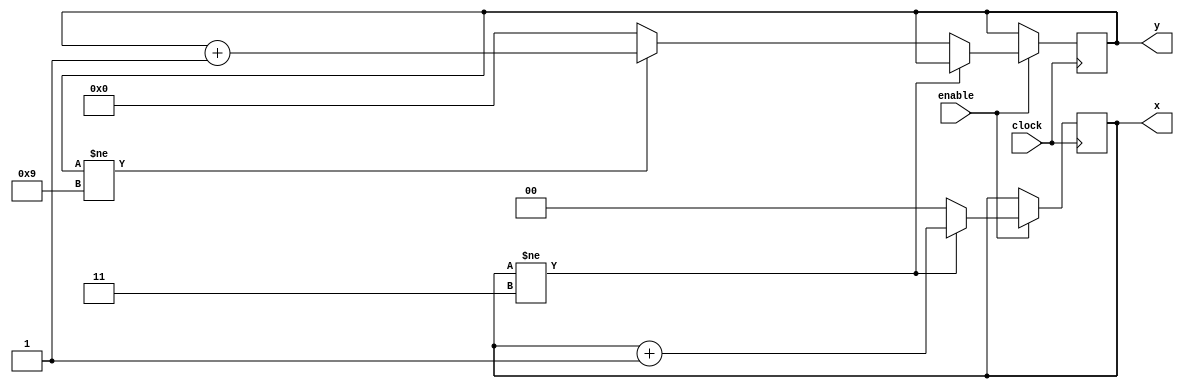
////////////////////////////////////////////////////////////////////////////////
// Joao Bittencourt
// Nov 6, 2018
////////////////////////////////////////////////////////////////////////////////
module XYCounter #(
	parameter width=4, height=10
	)(
	input clock,   
	input enable,  
	output reg [$clog2(width)-1:0] x = 0,
	output reg [$clog2(height)-1:0] y = 0
	);

always @(posedge clock) begin
	
	   if(enable)
	   begin
			if(x != width-1)
			x <= x + 1'b1;
			else
			if (y != height-1) begin
				y <= y + 1'b1;
				x <= {width{1'b0}};
			end
			else begin
				x <= {width{1'b0}};
				y <= {height{1'b0}};
			end

	   end		
	end
endmodule